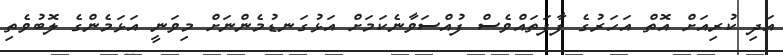
އަދި ކުރިއަށް އޮތް އަހަރުގެ ފާފަތައްވެސް ފުއްސަވާނެކަމަށް އަޅުގަނޑުމެންނަށް މިވަނީ އަޅަމެންގެ ލޮބުވެތި